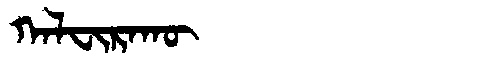
Manchu: ᡴᠠᠯᠸᡳᡵᠠᡴᡡ
Romanization: KALFIRAKŪ